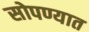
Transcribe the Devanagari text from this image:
सोपण्यात